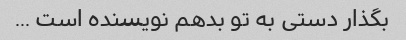
بگذار دستی به تو بدهم نویسنده است ...